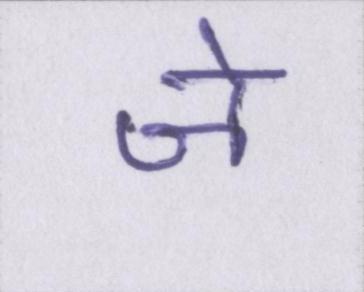
जे